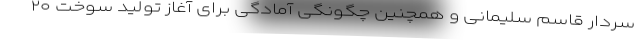
سردار قاسم سلیمانی و همچنین چگونگی آمادگی برای آغاز تولید سوخت ۲۰